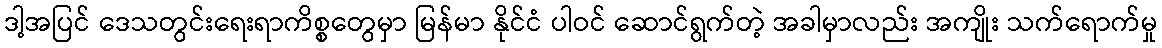
ဒါ့အပြင် ဒေသတွင်းရေးရာကိစ္စတွေမှာ မြန်မာ နိုင်ငံ ပါဝင် ဆောင်ရွက်တဲ့ အခါမှာလည်း အကျိုး သက်ရောက်မှု